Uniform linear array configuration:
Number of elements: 64
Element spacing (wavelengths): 0.25
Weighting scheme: blackman
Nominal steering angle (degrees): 15
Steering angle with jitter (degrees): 15.133
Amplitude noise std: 0.05
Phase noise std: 0.05

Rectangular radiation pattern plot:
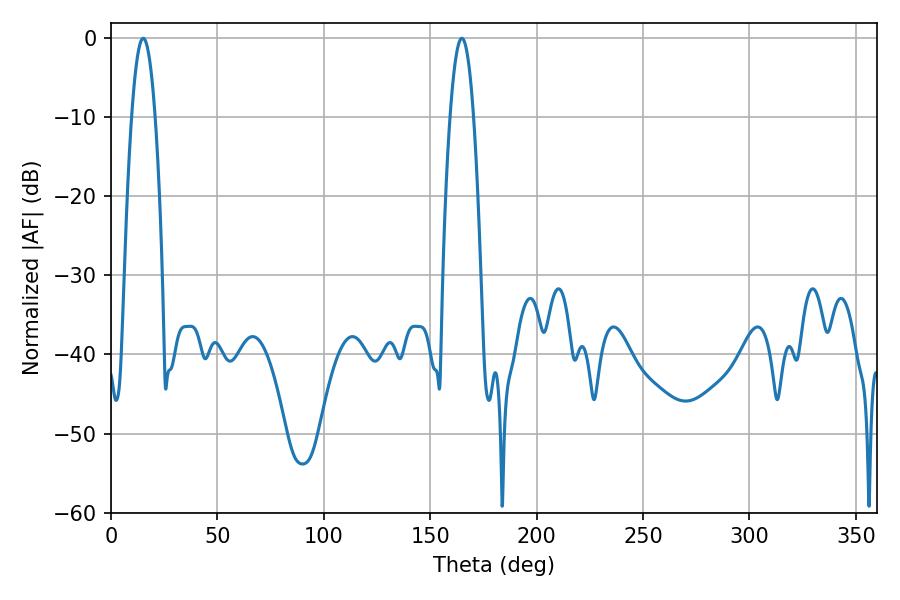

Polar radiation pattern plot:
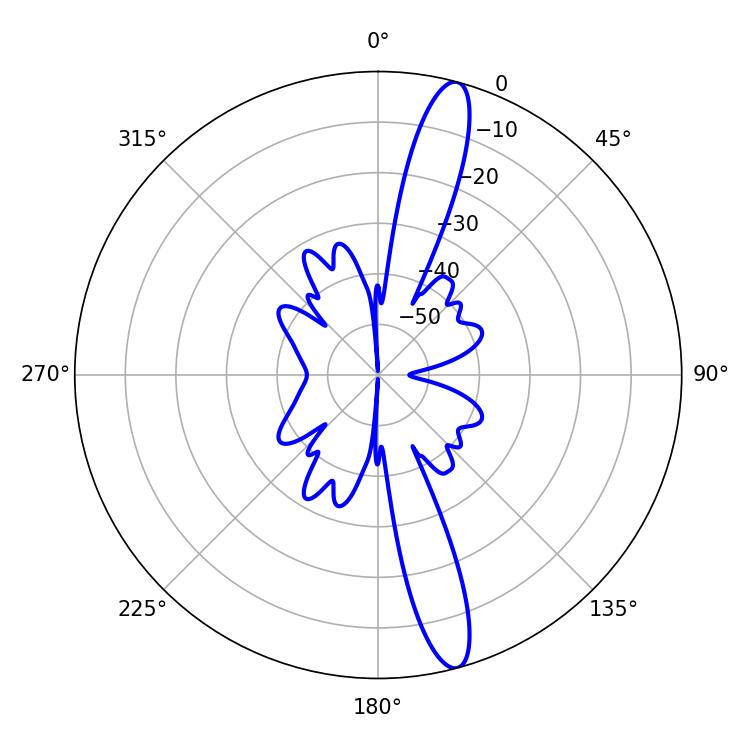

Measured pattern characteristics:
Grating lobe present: FALSE
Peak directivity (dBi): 15.251
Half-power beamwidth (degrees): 6.12
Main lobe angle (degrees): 15.12